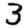
Digit: 3